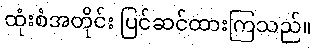
ထုံးစံအတိုင်း ပြင်ဆင်ထားကြသည်။